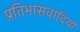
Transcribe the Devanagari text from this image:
प्रतिभासवादियों